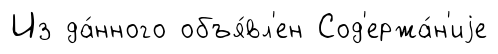
Из да́нного объя́вл'ен Сод'ержа́н'иjе